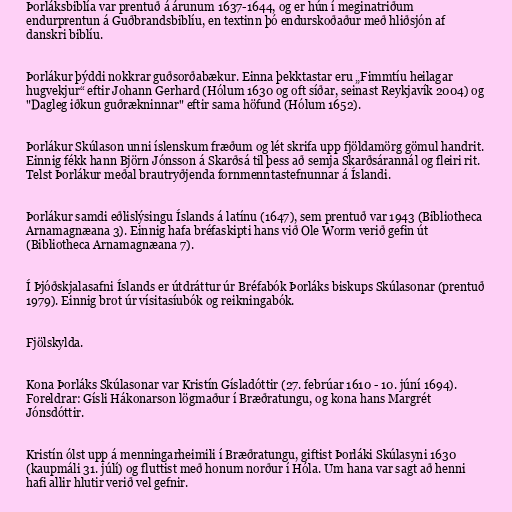
Þorláksbiblía var prentuð á árunum 1637-1644, og er hún í meginatriðum
endurprentun á Guðbrandsbiblíu, en textinn þó endurskoðaður með hliðsjón af
danskri biblíu.

Þorlákur þýddi nokkrar guðsorðabækur. Einna þekktastar eru „Fimmtíu heilagar
hugvekjur“ eftir Johann Gerhard (Hólum 1630 og oft síðar, seinast Reykjavík 2004) og
"Dagleg iðkun guðrækninnar" eftir sama höfund (Hólum 1652).

Þorlákur Skúlason unni íslenskum fræðum og lét skrifa upp fjöldamörg gömul handrit.
Einnig fékk hann Björn Jónsson á Skarðsá til þess að semja Skarðsárannál og fleiri rit.
Telst Þorlákur meðal brautryðjenda fornmenntastefnunnar á Íslandi.

Þorlákur samdi eðlislýsingu Íslands á latínu (1647), sem prentuð var 1943 (Bibliotheca
Arnamagnæana 3). Einnig hafa bréfaskipti hans við Ole Worm verið gefin út
(Bibliotheca Arnamagnæana 7).

Í Þjóðskjalasafni Íslands er útdráttur úr Bréfabók Þorláks biskups Skúlasonar (prentuð
1979). Einnig brot úr vísitasíubók og reikningabók.

Fjölskylda.

Kona Þorláks Skúlasonar var Kristín Gísladóttir (27. febrúar 1610 - 10. júní 1694).
Foreldrar: Gísli Hákonarson lögmaður í Bræðratungu, og kona hans Margrét
Jónsdóttir.

Kristín ólst upp á menningarheimili í Bræðratungu, giftist Þorláki Skúlasyni 1630
(kaupmáli 31. júlí) og fluttist með honum norður í Hóla. Um hana var sagt að henni
hafi allir hlutir verið vel gefnir.